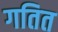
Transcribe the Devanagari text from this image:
गतित